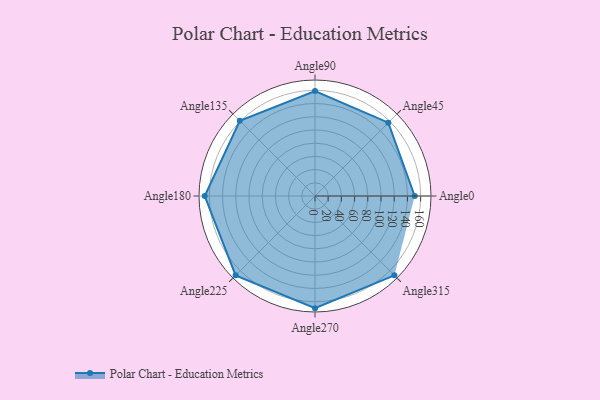
{"axis": {"x": "Angle", "y": "Radius"}, "legend": [""], "data": [{"x": "Angle0", "y": 151.0, "type": ""}, {"x": "Angle45", "y": 157.0, "type": ""}, {"x": "Angle90", "y": 159.0, "type": ""}, {"x": "Angle135", "y": 161.0, "type": ""}, {"x": "Angle180", "y": 167.0, "type": ""}, {"x": "Angle225", "y": 170, "type": ""}, {"x": "Angle270", "y": 170, "type": ""}, {"x": "Angle315", "y": 170, "type": ""}]}